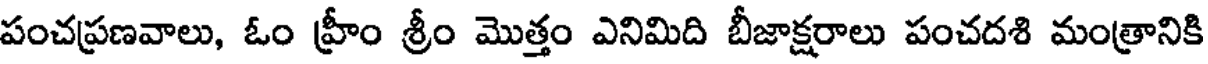
పంచప్రణవాలు, ఓం హ్రీం శ్రీం మొత్తం ఎనిమిది బీజాక్షరాలు పంచదశి మంత్రానికి